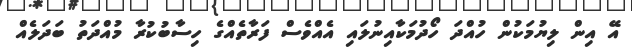
އޭ އިން ލިޔުމަކުން ހުއްދަ ހޯދުމަކާއިނުލައި އެއްވެސް ފަރާތެއްގެ ހިސާބުކުރާ މުއްދަތު ބަދަލެއް